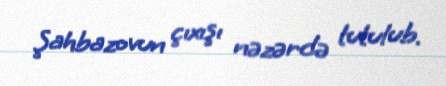
Şahbazovun çıxışı nəzərdə tutulub.